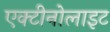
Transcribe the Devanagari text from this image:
एक्टीनोलाइट